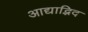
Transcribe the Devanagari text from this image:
आद्याद्भिद